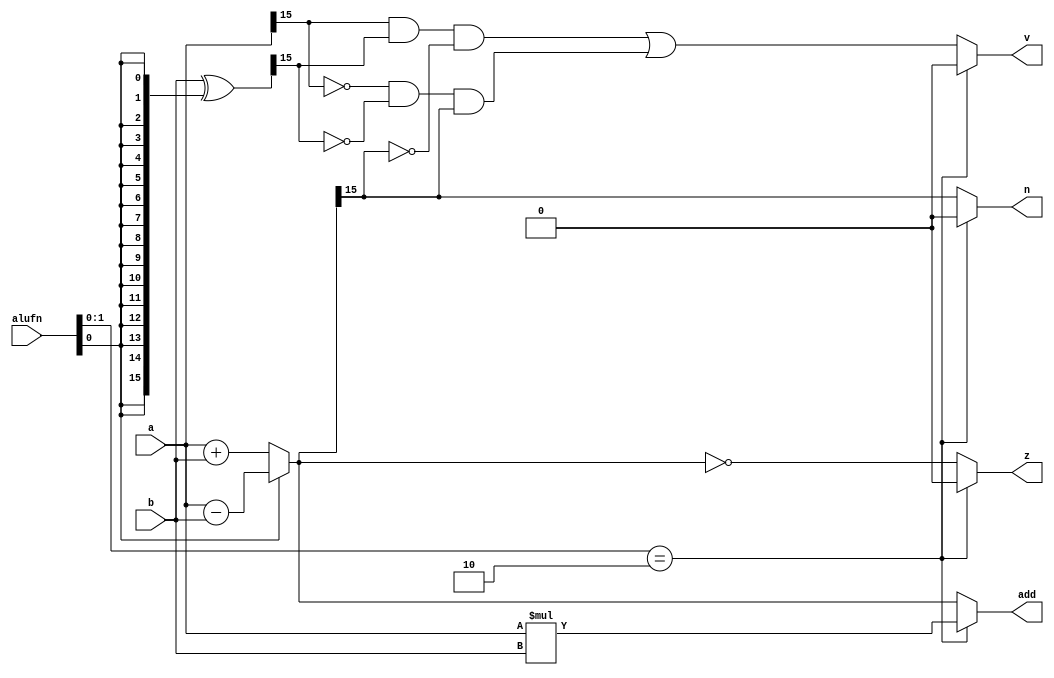
/*
   This file was generated automatically by the Mojo IDE version B1.3.6.
   Do not edit this file directly. Instead edit the original Lucid source.
   This is a temporary file and any changes made to it will be destroyed.
*/

module alu_add16_7 (
    input [15:0] a,
    input [15:0] b,
    input [5:0] alufn,
    output reg [15:0] add,
    output reg z,
    output reg v,
    output reg n
  );
  
  
  
  reg [15:0] twoscomp_b;
  
  reg [15:0] addtemp;
  
  always @* begin
    z = 1'h0;
    v = 1'h0;
    n = 1'h0;
    add = a;
    if (alufn[0+1-:2] == 2'h2) begin
      add = a * b;
    end else begin
      twoscomp_b = b ^ {5'h10{alufn[0+0-:1]}};
      if (alufn[0+0-:1]) begin
        addtemp = a - b;
      end else begin
        addtemp = a + b;
      end
      add = addtemp;
      z = (addtemp == 16'h0000);
      v = (a[15+0-:1] & twoscomp_b[15+0-:1] & !addtemp[15+0-:1]) || (!a[15+0-:1] & !twoscomp_b[15+0-:1] & addtemp[15+0-:1]);
      n = addtemp[15+0-:1];
    end
  end
endmodule